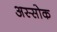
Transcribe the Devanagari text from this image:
अस्सोक